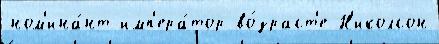
ном'ина́нт имп'ера́тор во́зраст'е Н'иколсон